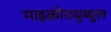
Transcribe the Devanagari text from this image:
माइक्रोट्युब्युल